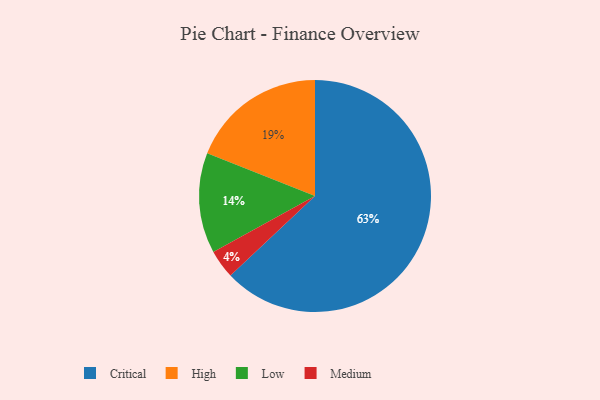
{"axis": {"x": "Category", "y": "Percentage"}, "legend": ["Critical", "High", "Low", "Medium"], "data": [{"x": "Low", "y": 14, "type": "Low"}, {"x": "High", "y": 19, "type": "High"}, {"x": "Critical", "y": 63, "type": "Critical"}, {"x": "Medium", "y": 4, "type": "Medium"}]}